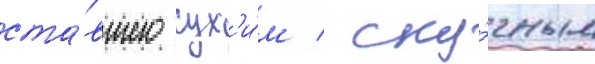
ста́вшего сух'и́м / ску́чным